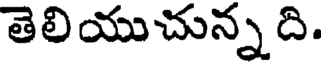
తెలియుచున్నది.